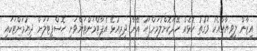
އިޒާން ލިވިޔާއާއެކު ވަގުތު ކޮޅެއް ހޭދަކޮށްލުމަށްފަހު އޭނާ ދިރިއުޅޭ އެޕާޓްމަންޓަށްވަނީ ހޮސްޕިޓަލަށް ދިޔުމަށްޓަކައި